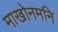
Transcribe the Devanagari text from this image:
माखोनमनि